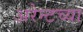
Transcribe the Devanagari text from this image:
अरेन्टच्या